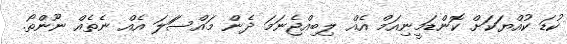
ކުޑަ ކުއްޔަކަށް ކޮންޑަމީނިއަމް އެއް ލިބިއްޖެނަމަ ދެން މައްސަަލަ އެއް ނެތެއް ނޫންތޯ.